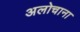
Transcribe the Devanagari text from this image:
अलोचाना